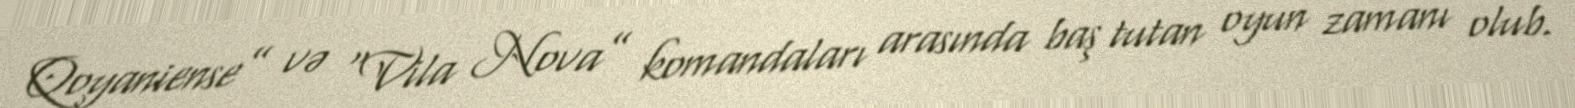
Qoyaniense” və “Vila Nova” komandaları arasında baş tutan oyun zamanı olub.